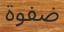
ضفوة